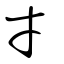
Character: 才